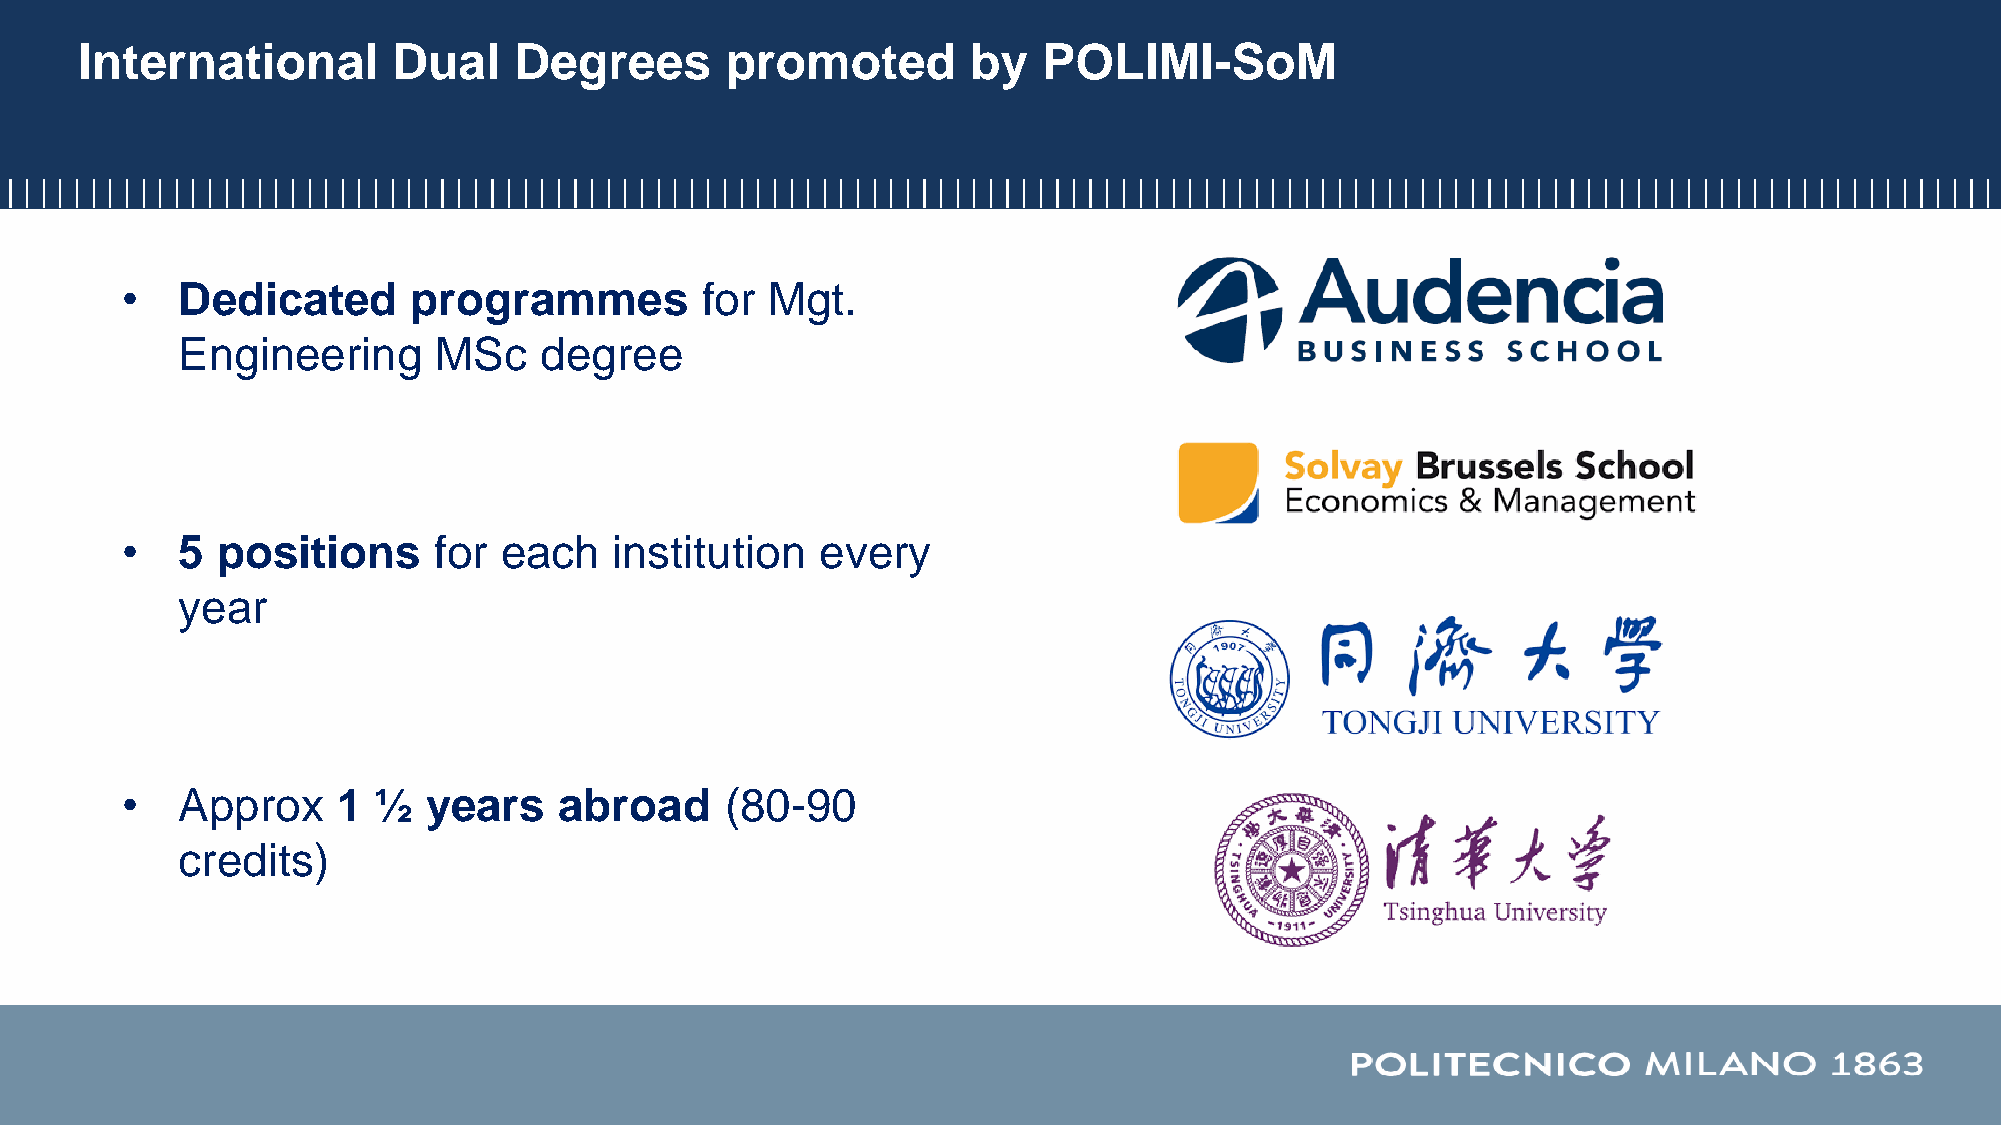
International        Dual    Degrees       promoted        by   POLIMI-SoM
 •   Dedicated      programmes         for  Mgt.
 Engineering      MSc    degree
 •   5 positions      for each    institution  every
 year
 •   Approx    1  ½  years    abroad     (80-90
 credits)